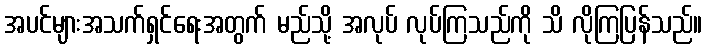
အပင်များအသက်ရှင်ရေးအတွက် မည်သို့ အလုပ် လုပ်ကြသည်ကို သိ လိုကြပြန်သည်။